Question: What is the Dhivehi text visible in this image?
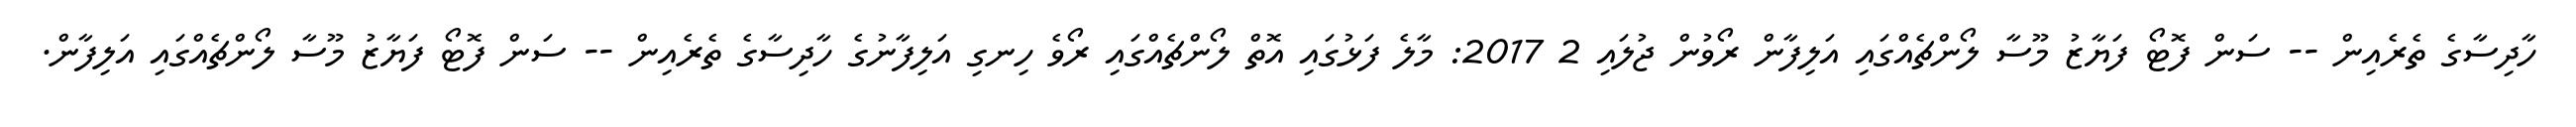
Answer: ހާދިސާގެ ތެރެއިން -- ސަން ފޮޓޯ ފަޔާޒު މޫސާ ލޯންޗެއްގައި އަލިފާން ރޯވުން ޖުލައި 2 2017: މާލެ ފަޅުގައި އޮތް ލޯންޗެއްގައި ރޯވެ ހިނގި އަލިފާނުގެ ހާދިސާގެ ތެރެއިން -- ސަން ފޮޓޯ ފަޔާޒު މޫސާ ލޯންޗެއްގައި އަލިފާން.